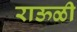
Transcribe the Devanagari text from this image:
राऊळी